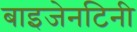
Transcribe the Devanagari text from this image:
बाइजेनटिनी